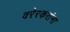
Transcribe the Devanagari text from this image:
वरेरकरांना